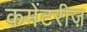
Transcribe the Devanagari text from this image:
कमेंटरीज़